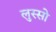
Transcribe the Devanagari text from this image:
लुस्सो